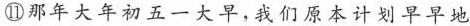
⑪那年大年初五一大早，我们原本计划早早地